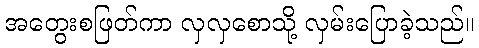
အတွေးစဖြတ်ကာ လှလှစောသို့ လှမ်းပြောခဲ့သည်။